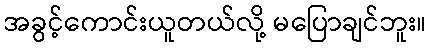
အခွင့်ကောင်းယူတယ်လို့ မပြောချင်ဘူး။